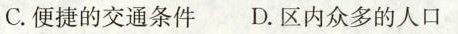
C.便捷的交通条件 D.区内众多的人口